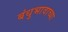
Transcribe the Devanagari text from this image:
बंधुभावाच्या